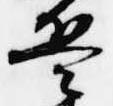
兵